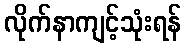
လိုက်နာကျင့်သုံးရန်